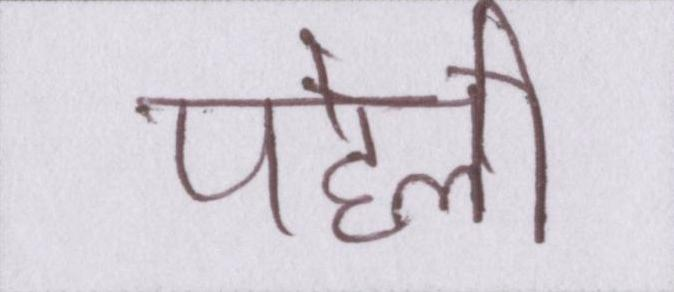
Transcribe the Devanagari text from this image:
पहेली